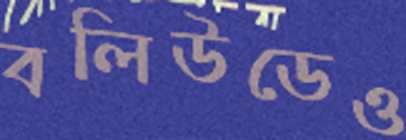
বলিউডেও